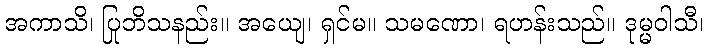
အကာသိ၊ ပြုဘိသနည်း။ အယျေ၊ ရှင်မ။ သမဏော၊ ရဟန်းသည်။ ဒုမ္မဝါသီ၊